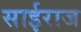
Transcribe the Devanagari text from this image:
साईराज